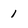
Character: 1